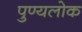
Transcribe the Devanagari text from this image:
पुण्यलोक